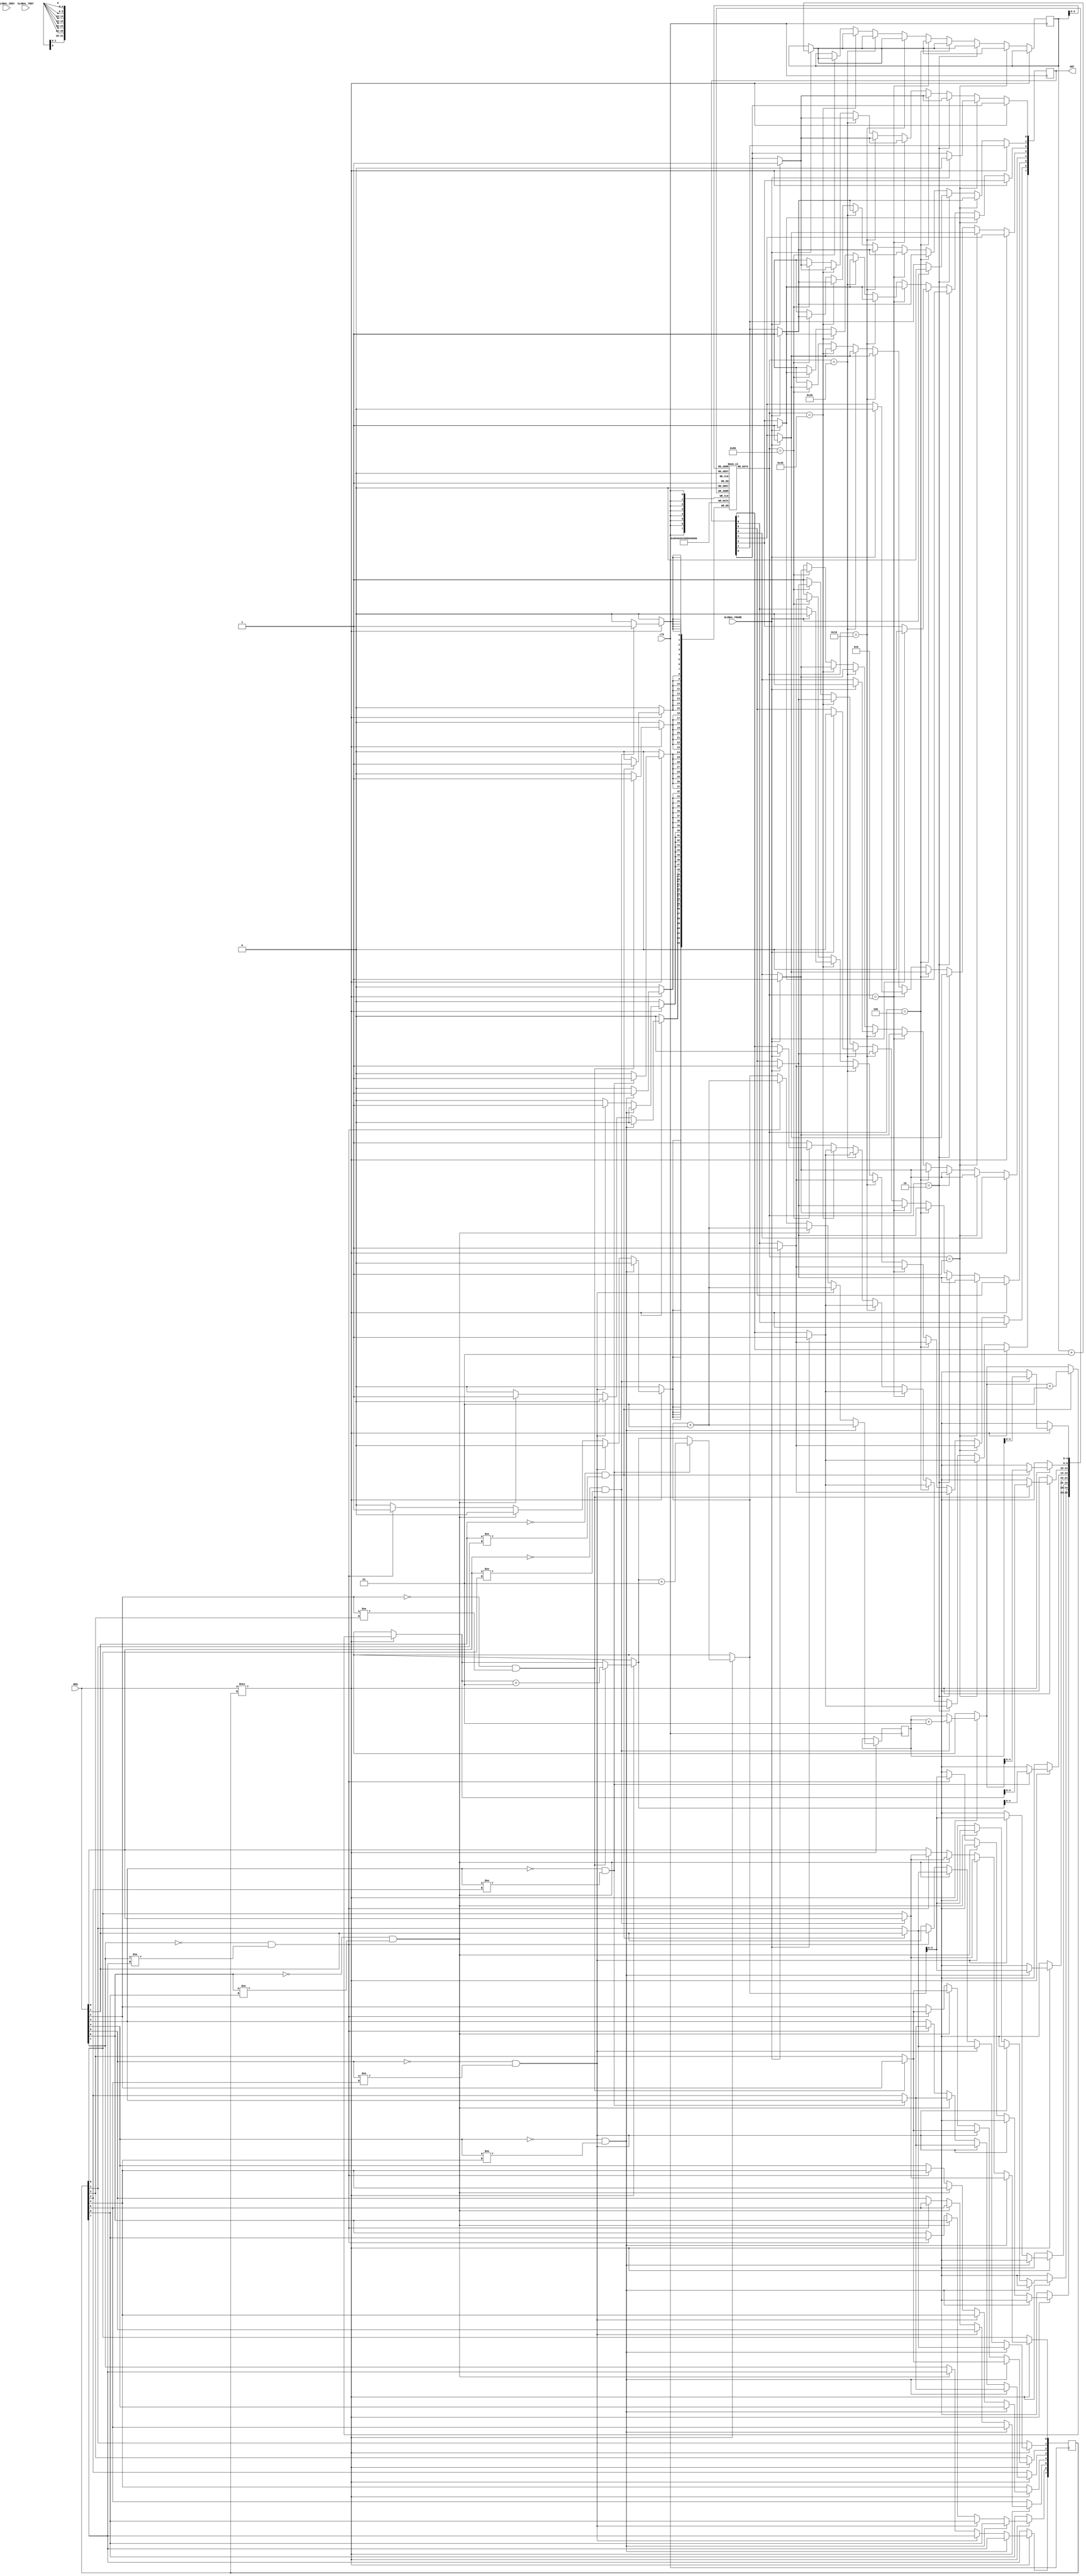

module arbiter (clk,REQ,GNT,GLOBAL_FRAME,GLOBAL_IRDY,GLOBAL_TRDY );
input clk;
input GLOBAL_IRDY,GLOBAL_TRDY,GLOBAL_FRAME;
input  [7:0] REQ;
output reg [7:0] GNT;

wire [7:0] data;
integer wrcount=0;
integer rdcount=0;
reg [7:0] fifo [0:31];
parameter a=8'b00000001, b=8'b00000010, c=8'b00000100, d=8'b00001000, e=8'b00010000, f=8'b00100000, g=8'b01000000, h=8'b10000000;
  reg[7:0] prevRequest; 
reg [7:0] dataIn;
 wire [7:0] dataOut ;
always @(posedge clk)begin
  if(REQ!==prevRequest)
begin

if((REQ[0]==0)&&(REQ[0]!=prevRequest[0]))
begin
fifo[wrcount]<=a;
wrcount=wrcount+1;
prevRequest[0]<=REQ[0];
end
 
 if((REQ[1]==0)&&(REQ[1]!=prevRequest[1]))
begin
fifo[wrcount]<=b;
wrcount=wrcount+1;
prevRequest[1]<=REQ[1];
	
end
 if((REQ[2]==0)&&(REQ[2]!=prevRequest[2]))
begin

fifo[wrcount]<=c;
wrcount=wrcount+1;
	prevRequest[2]<=REQ[2];
end
 if((REQ[3]==0)&&(REQ[3]!=prevRequest[3]))
begin
fifo[wrcount]<=d;
wrcount=wrcount+1;
prevRequest[3]<=REQ[3];
	
end
 if((REQ[4]==0)&&(REQ[4]!=prevRequest[4]))
begin
fifo[wrcount]<=e;
wrcount=wrcount+1;
prevRequest[4]<=REQ[4];
	
end
 else if((REQ[5]==0)&&(REQ[5]!=prevRequest[5]))
begin
fifo[wrcount]<=f;
wrcount=wrcount+1;
prevRequest[5]<=REQ[5];
	
end
 else if((REQ[6]==0)&&(REQ[6]!=prevRequest[6]))
begin
fifo[wrcount]<=g;
wrcount=wrcount+1;
prevRequest[6]<=REQ[6];
	
end
 else if((REQ[7]==0)&&(REQ[7]!=prevRequest[7]))
begin
fifo[wrcount]<=h;
wrcount=wrcount+1;
prevRequest[7]<=REQ[7];
	
end
else
prevRequest<=REQ;
end

else 
begin

if(fifo[rdcount]==a)
begin
if(GLOBAL_FRAME)begin
GNT[0]<=0;
GNT[1]<=1;
GNT[2]<=1;
GNT[3]<=1;
GNT[4]<=1;
GNT[5]<=1;
GNT[6]<=1;
GNT[7]<=1;
rdcount=rdcount+1;
end
end
else if(fifo[rdcount]==b)
begin
 if(GLOBAL_FRAME)begin
GNT[1]<=0;

GNT[0]<=1;
GNT[2]<=1;
GNT[3]<=1;
GNT[4]<=1;
GNT[5]<=1;
GNT[6]<=1;
GNT[7]<=1;
rdcount=rdcount+1;
end
end
else if(fifo[rdcount]==c)
begin
 if(GLOBAL_FRAME)begin
GNT[2]<=0;
GNT[1]<=1;

GNT[0]<=1;

GNT[3]<=1;
GNT[4]<=1;
GNT[5]<=1;
GNT[6]<=1;
GNT[7]<=1;
rdcount=rdcount+1;
end
end

else if(fifo[rdcount]==d)
begin
 if(GLOBAL_FRAME)begin
GNT[3]<=0;
GNT[1]<=1;

GNT[0]<=1;
GNT[2]<=1;
GNT[4]<=1;
GNT[5]<=1;
GNT[6]<=1;
GNT[7]<=1;
rdcount=rdcount+1;
end
end
 else if(fifo[rdcount]==e)
begin
if(GLOBAL_FRAME)begin
GNT[4]<=0;
GNT[1]<=1;

GNT[0]<=1;
GNT[2]<=1;
GNT[3]<=1;

GNT[5]<=1;
GNT[6]<=1;
GNT[7]<=1;
rdcount=rdcount+1;
end
end


 else if(fifo[rdcount]==f)
begin
if(GLOBAL_FRAME)begin
GNT[5]<=0;
GNT[1]<=1;

GNT[0]<=1;
GNT[2]<=1;
GNT[3]<=1;
GNT[4]<=1;
GNT[6]<=1;
GNT[7]<=1;
rdcount=rdcount+1;
end
end



else if(fifo[rdcount]==g)
begin
if(GLOBAL_FRAME)begin
GNT[6]<=0;
GNT[1]<=1;

GNT[0]<=1;
GNT[2]<=1;
GNT[3]<=1;
GNT[4]<=1;
GNT[5]<=1;
GNT[7]<=1;
rdcount=rdcount+1;
end
end


else if(fifo[rdcount]==h)
begin
if(GLOBAL_FRAME)begin
GNT[7]<=0;
GNT[1]<=1;
GNT[0]<=1;
GNT[2]<=1;
GNT[3]<=1;
GNT[4]<=1;
GNT[5]<=1;
GNT[6]<=1;
rdcount=rdcount+1;
end
end
else 
GNT<=8'b11111111;
end
end
initial 
  begin
	prevRequest='hff;
    GNT='hff;

  end




  
endmodule